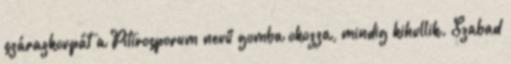
szárazkorpát a Pitirosporum nevű gomba okozza, mindig kihullik. Szabad